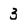
Character: 3